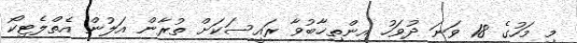
މި މަހުގެ 18 ވަނަ ދުވަހު އިންތިޚާބުވާ ރައީސަކަށް ތުރާން އަލުން އެތްލެޓިކޯ